Vaccination in Bombay 1924-1928 - 1924-1928
Year: 1924
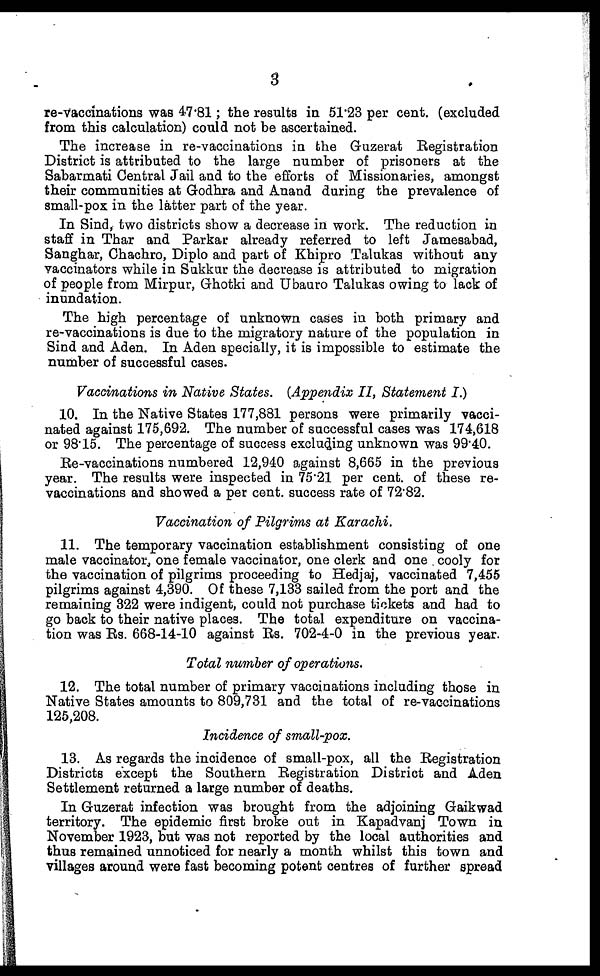
3
re-vaccinations was 47.81; the results in 51.23 per cent. (excluded
from this calculation) could not be ascertained.
The increase in re-vaccinations in the Guzerat Registration
District is attributed to the large number of prisoners at the
Sabarmati Central Jail and to the efforts of Missionaries, amongst
their communities at Godhra and Anand during the prevalence of
small-pox in the latter part of the year.
In Sind, two districts show a decrease in work. The reduction in
staff in Thar and Parkar already referred to left Jamesabad,
Sanghar, Chachro, Diplo and part of Khipro Talukas without any
vaccinators while in Sukkur the decrease is attributed to migration
of people from Mirpur, Ghotki and Ubauro Talukas owing to lack of
inundation.
The high percentage of unknown cases in both primary and
re-vaccinations is due to the migratory nature of the population in
Sind and Aden. In Aden specially, it is impossible to estimate the
number of successful cases.
Vaccinations in Native States. (Appendix II, Statement I.)
10. In the Native States 177,881 persons were primarily vacci-
nated against 175,692. The number of successful cases was 174,618
or 98.15. The percentage of success excluding unknown was 99.40.
Re-vaccinations numbered 12,940 against 8,665 in the previous
year. The results were inspected in 75.21 per cent. of these re-
vaccinations and showed a per cent. success rate of 72.82.
Vaccination of Pilgrims at Karachi.
11. The temporary vaccination establishment consisting of one
male vaccinator, one female vaccinator, one clerk and one cooly for
the vaccination of pilgrims proceeding to Hedjaj, vaccinated 7,455
pilgrims against 4,390. Of these 7,133 sailed from the port and the
remaining 322 were indigent, could not purchase tickets and had to
go back to their native places. The total expenditure on vaccina-
tion was Rs. 668-14-10 against Rs. 702-4-0 in the previous year.
Total number of operations.
12. The total number of primary vaccinations including those in
Native States amounts to 809,731 and the total of re-vaccinations
125,208.
Incidence of small-pox.
13. As regards the incidence of small-pox, all the Registration
Districts except the Southern Registration District and Aden
Settlement returned a large number of deaths.
In Guzerat infection was brought from the adjoining Gaikwad
territory. The epidemic first broke out in Kapadvanj Town in
November 1923, but was not reported by the local authorities and
thus remained unnoticed for nearly a month whilst this town and
villages around were fast becoming potent centres of further spread